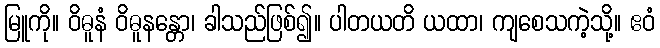
မြူကို။ ဝိဓူနံ ဝိဓူနန္တော၊ ခါသည်ဖြစ်၍။ ပါတယတိ ယထာ၊ ကျစေသကဲ့သို့။ ဧဝံ